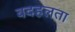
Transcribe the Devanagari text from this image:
बदहलता